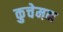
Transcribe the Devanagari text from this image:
कुचेमन